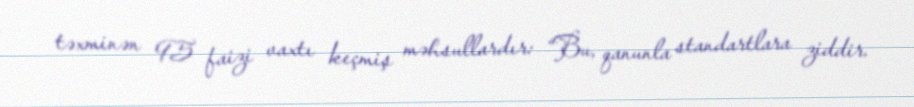
təxminən 95 faizi vaxtı keçmiş məhsullardır: “Bu, qanunla standartlara ziddir.